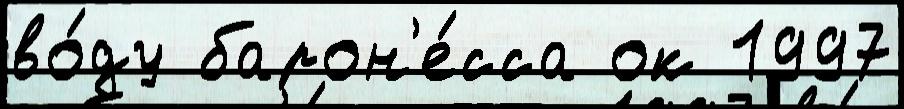
во́ду барон'е́сса ок 1997